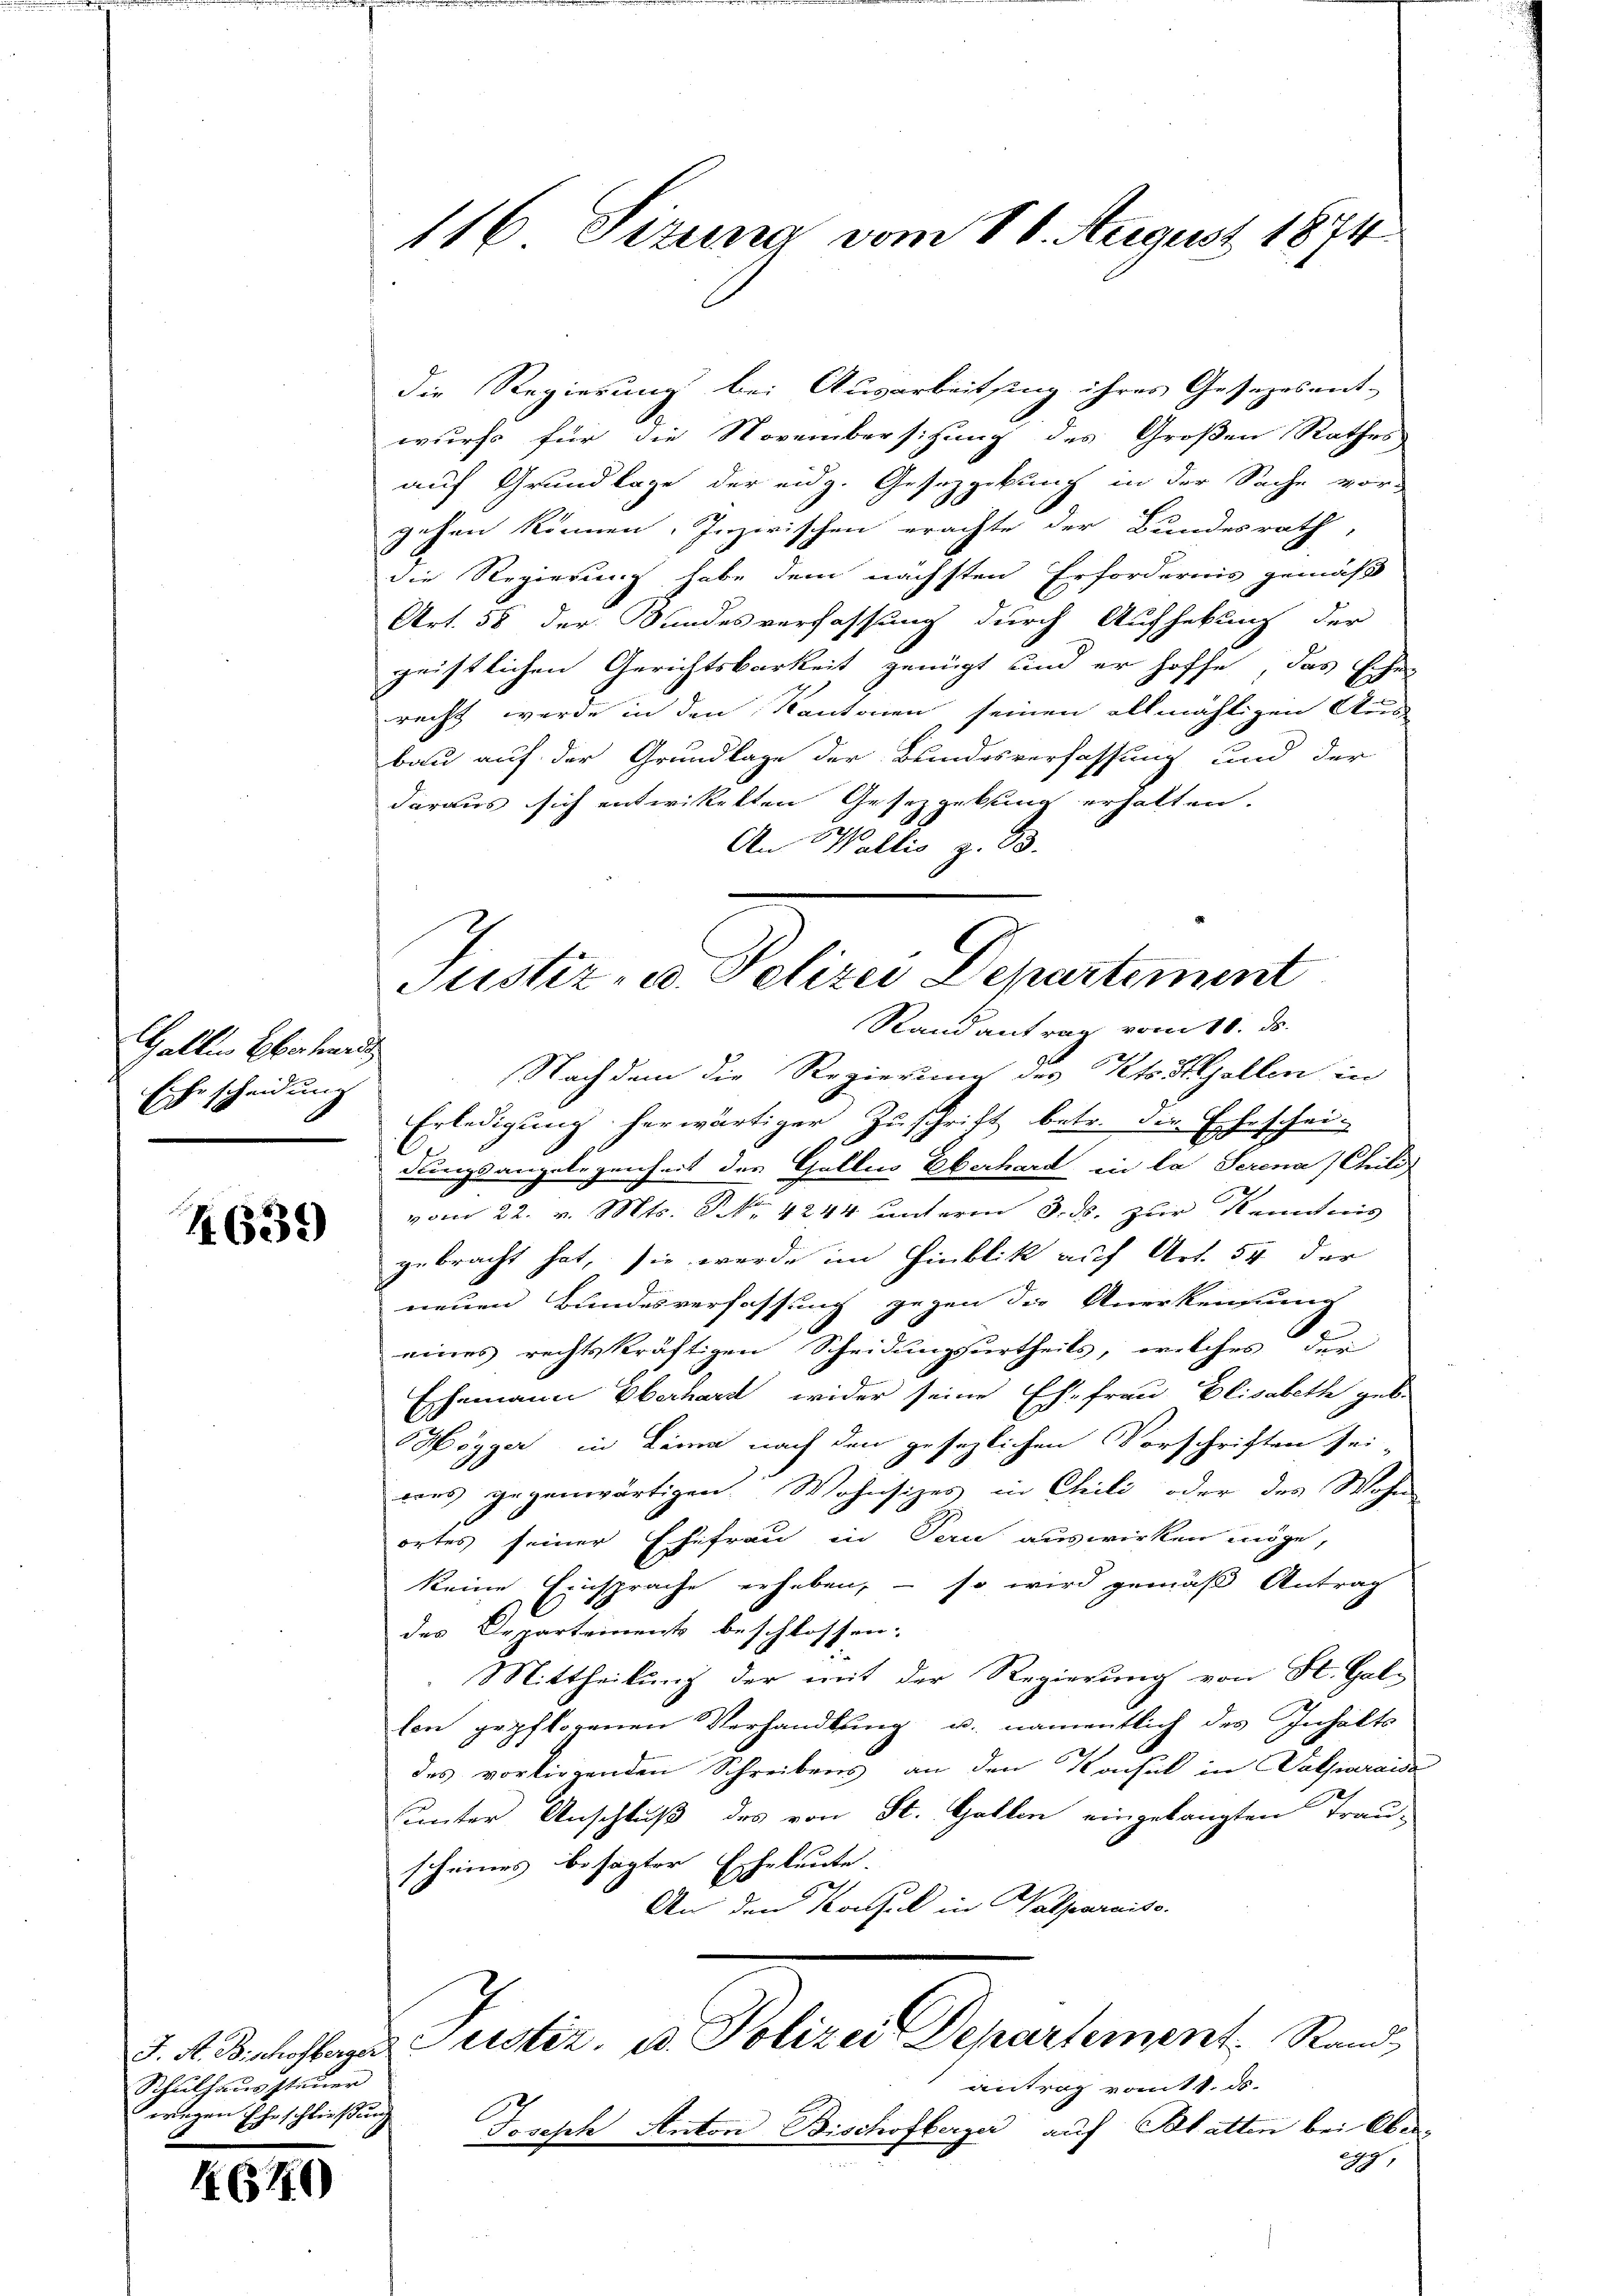
Gallen Bachwerd
Ehescheidung

S.639

Schulhaussteuer
wegen Eheschließung

1618)

116 Situng vom 16. August 1874

die Regierung bei Ausarbeitsing ihres Gesezesent-
wurf für die Novembersitzung des Großen Rathes
auf Grundlage der eidg. Gesetzgebung in der Sache vor-
gehen können. Inzwischen erachte der Bundesrath,
die Regierung habe dem nächsten Erfordernis gemäß
Art. 58 der Bundesverfassung durch Aufhebung der
geistlichen Gerichtsbarkeit genügt und er hoffe, das sche
recht werde in den Kantonen seinen allmähligen Aus
bau auf der Grundlage der Bundesverfassung und der
daraus sich entwickelten Gesetzgebung erhalten.
.
An Wallis z. 13.
Randantrag vom 10. ds.
Nach dem die Regierung des Klostellen in
Erledigung herwärtiger Zuschrift betr. die Ehescheidungsangelegenheit des Galles Oberhard in la Serena (Chili
vom 22. v. Mts. No 4244 unterm 8. ds. zur Kenntnis
gebracht hat, sie wurde im Hinblik auf Art. 54 der
neuen Bundesverfassung gegen die Anerkennung
eines rechtskräftigen Scheidungsurtheils, welches der
Ehemann Oberhard wider seine Ehefrau Elisabeth geb.
Högger in Lema nach den gesezlichen Vorschriften sei-
rons gegenwärtigen. Wohnsizes in Chili oder des Wohn
ortes seiner Ehefrau in Tau auswirken möge,
keine Einsprache erheben, – so wird gemäß Antrag
des Departements beschlossen:
Mittheilung der mit der Regierung von St. Gallen gepflogenen Verhandlung u. namentlich des Inhalts
des vorliegenden Schreibens an den Konsul in Salparaise
unter Anschluß des von St. Gallen eingelangten Trau-
scheines besagter Eheleute.
An den Konsul in Valparaiso
d. 4. Beschlage Justiz- u. Polizei Departement. Stand,
antrag vom 11. ds.
Joseph Anton Bischofberger auf Blatten bei Ober
249.

Justiz, u. Polizei Departement